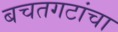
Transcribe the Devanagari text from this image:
बचतगटांचा